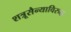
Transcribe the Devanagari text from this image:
शत्रूसैन्याविरुद्ध